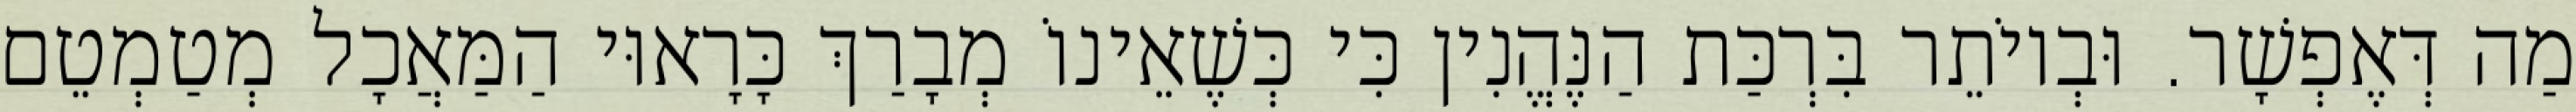
מַה דְּאֶפְשָׁר. וּבְיוֹתֵר בִּרְכַּת הַנֶּהֱנִין כִּי כְּשֶׁאֵינוֹ מְבָרַךְ כָּרָאוּי הַמַּאֲכָל מְטַמְטֵם